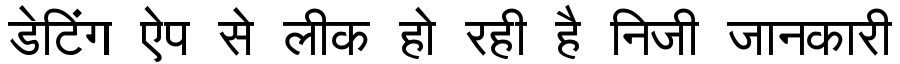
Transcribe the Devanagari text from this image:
डेटिंग ऐप से लीक हो रही है निजी जानकारी